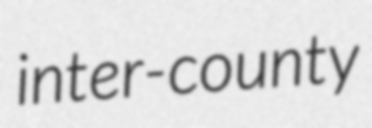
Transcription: inter-county